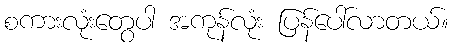
စကားလုံးတွေပါ အကုန်လုံး ပြန်ပေါ်လာတယ်။